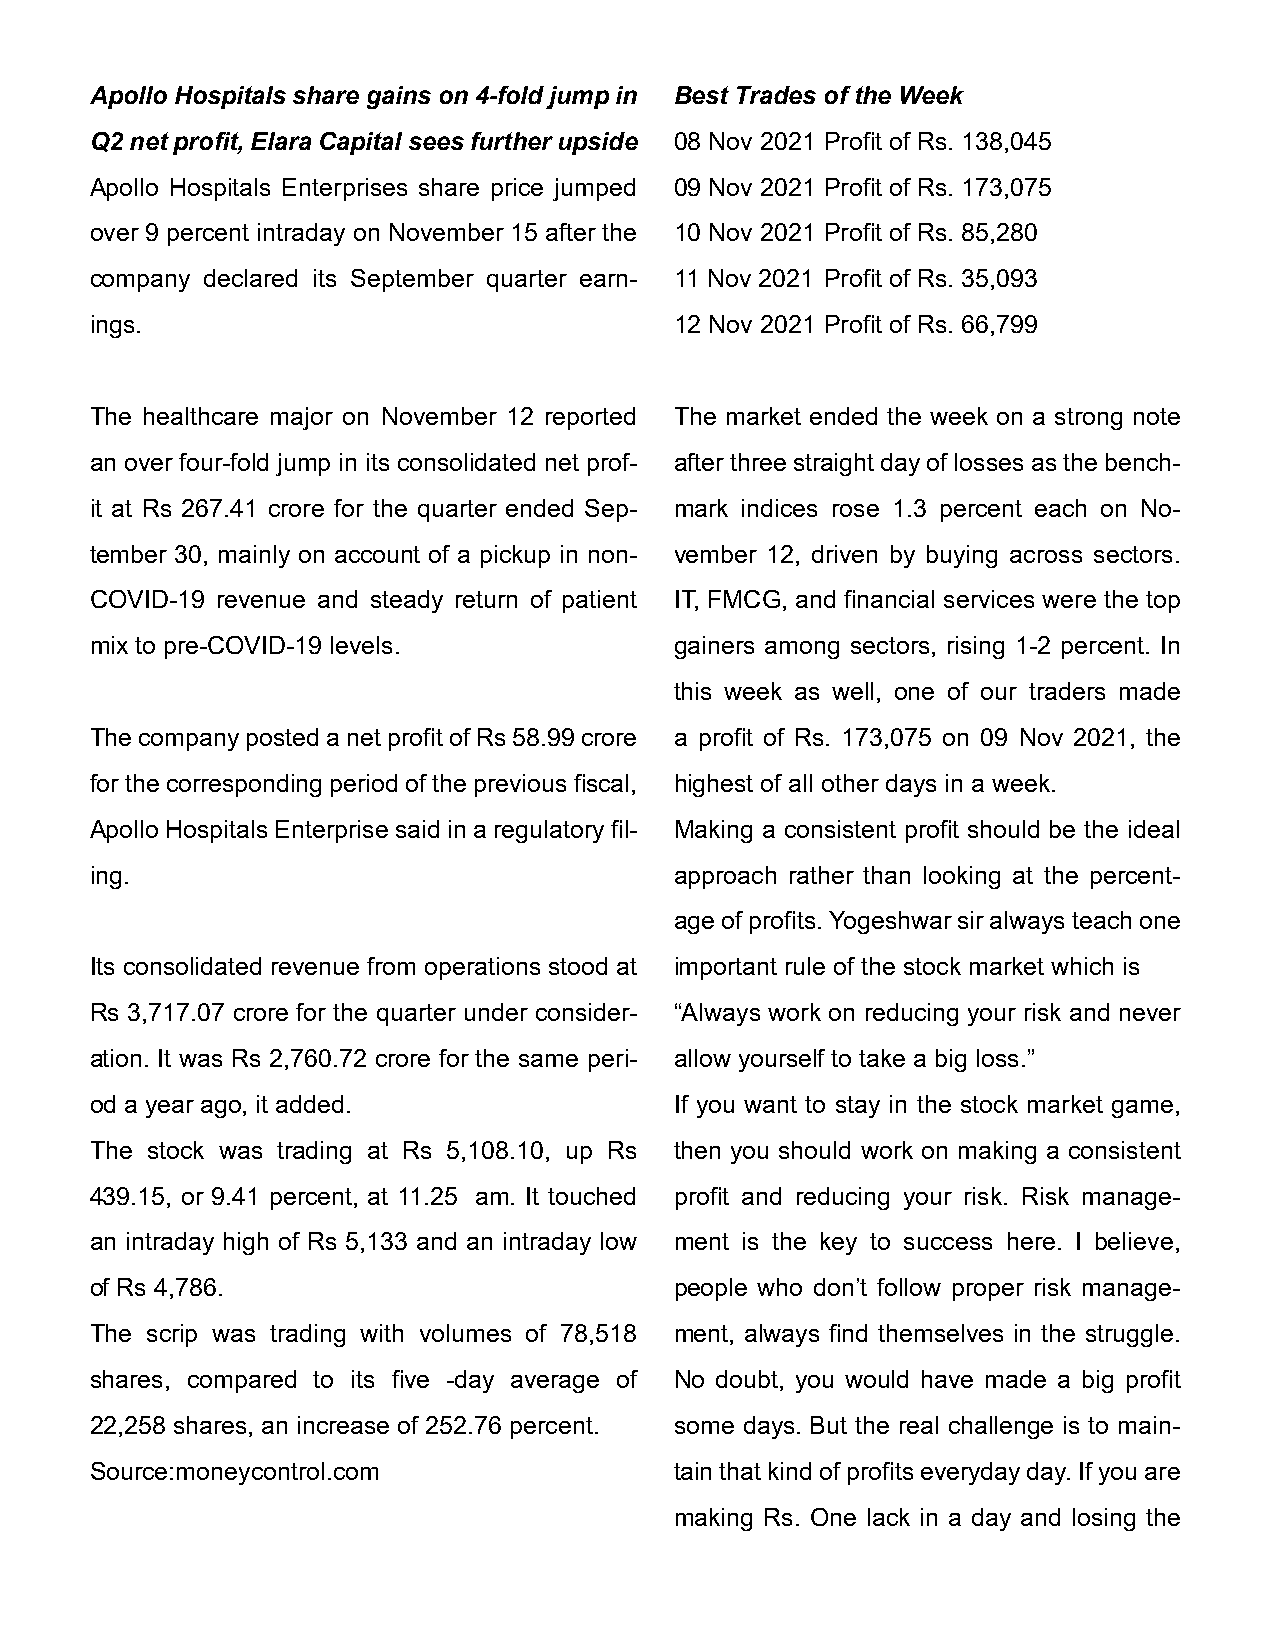
Apollo Hospitals share gains on 4-fold jump in Best Trades of the Week
 Q2 net profit, Elara Capital sees further upside 08 Nov 2021 Profit of Rs. 138,045
 Apollo Hospitals Enterprises share price jumped 09 Nov 2021 Profit of Rs. 173,075
 over 9 percent intraday on November 15 after the 10 Nov 2021 Profit of Rs. 85,280
 company declared its September quarter earn- 11 Nov 2021 Profit of Rs. 35,093
 ings.                                  12 Nov 2021 Profit of Rs. 66,799
 The healthcare major on November 12 reported The market ended the week on a strong note
 an over four-fold jump in its consolidated net prof- after three straight day of losses as the bench-
 it at Rs 267.41 crore for the quarter ended Sep- mark indices rose 1.3 percent each on No-
 tember 30, mainly on account of a pickup in non- vember 12, driven by buying across sectors.
 COVID-19 revenue and steady return of patient IT, FMCG, and financial services were the top
 mix to pre-COVID-19 levels.            gainers among sectors, rising 1-2 percent. In
 this week as well, one of our traders made
 The company posted a net profit of Rs 58.99 crore a profit of Rs. 173,075 on 09 Nov 2021, the
 for the corresponding period of the previous fiscal, highest of all other days in a week.
 Apollo Hospitals Enterprise said in a regulatory fil- Making a consistent profit should be the ideal
 ing.                                   approach rather than looking at the percent-
 age of profits. Yogeshwar sir always teach one
 Its consolidated revenue from operations stood at important rule of the stock market which is
 Rs 3,717.07 crore for the quarter under consider- “Always work on reducing your risk and never
 ation. It was Rs 2,760.72 crore for the same peri- allow yourself to take a big loss.”
 od a year ago, it added.               If you want to stay in the stock market game,
 The stock was trading at Rs 5,108.10, up Rs then you should work on making a consistent
 439.15, or 9.41 percent, at 11.25 am. It touched profit and reducing your risk. Risk manage-
 an intraday high of Rs 5,133 and an intraday low ment is the key to success here. I believe,
 of Rs 4,786.                           people who don’t follow proper risk manage-
 The scrip was trading with volumes of 78,518 ment, always find themselves in the struggle.
 shares, compared to its five -day average of No doubt, you would have made a big profit
 22,258 shares, an increase of 252.76 percent. some days. But the real challenge is to main-
 Source:moneycontrol.com                tain that kind of profits everyday day. If you are
 making Rs. One lack in a day and losing the